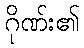
ဂိုဏ်း၏